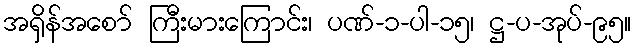
အရှိန်အစော် ကြီးမားကြောင်း၊ ပဏ်-၁-ပါ-၁၅၊ ဋ္ဌ-ပ-အုပ်-၉၅။